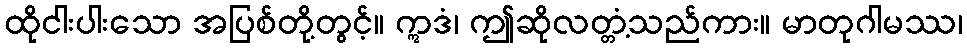
ထိုငါးပါးသော အပြစ်တို့တွင့်။ ဣဒံ၊ ဤဆိုလတ္တံ့သည်ကား။ မာတုဂါမဿ၊